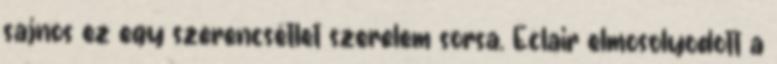
sajnos ez egy szerencsétlet szerelem sorsa. Eclair elmosolyodott a